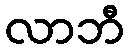
လာဘီ